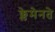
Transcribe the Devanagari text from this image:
क्लेमेनते